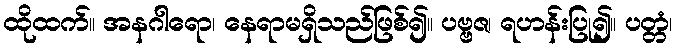
ထိုထက်။ အနဂါရော၊ နေရာမရှိသည်ဖြစ်၍။ ပဗ္ဗဇ၊ ရဟန်းပြု၍။ ပတ္တံ၊